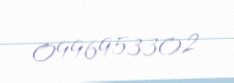
0996953302